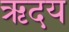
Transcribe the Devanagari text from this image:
ऋदय